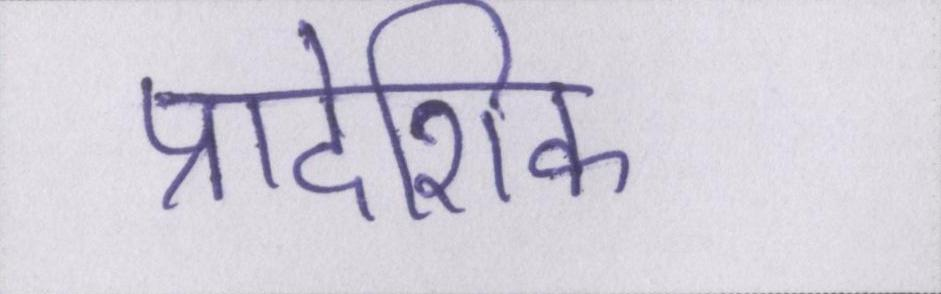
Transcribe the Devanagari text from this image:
प्रादेशिक